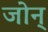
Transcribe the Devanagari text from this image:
जोन्